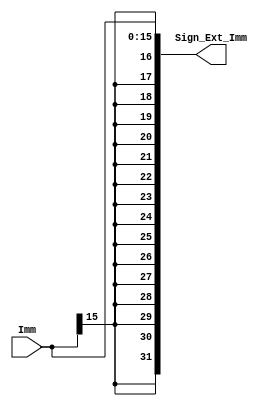
module Sign_Extend
(
	input		[15:0]	Imm,
	
	output	[31:0]	Sign_Ext_Imm
);

	assign Sign_Ext_Imm = {{16{Imm[15]}},Imm};
		
endmodule